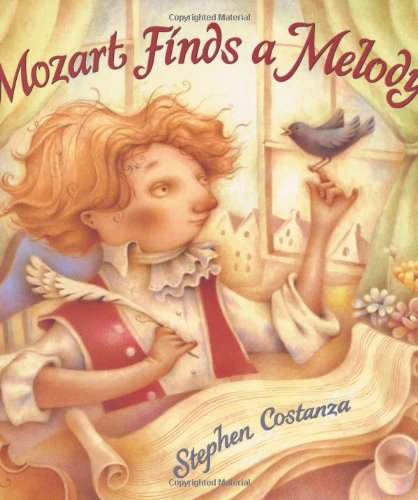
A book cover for Mozart Finds a Melody; Stephen Costanza; Children's Books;